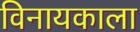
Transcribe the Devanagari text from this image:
विनायकाला